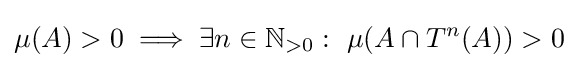
\mu (A)>0\implies \exists n\in \mathbb {N} _{>0}:\ \mu (A\cap T^{n}(A))>0